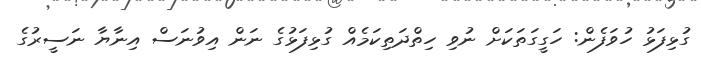
ގުޅިފަޅު ހުވަފެން: ހަގީގަތަކަށް ނުވި ހިތްދަތިކަމެއް ގުޅިފަޅުގެ ނަން އިވުނަސް އިނާޔާ ނަސީރުގެ